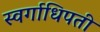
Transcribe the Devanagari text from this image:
स्वर्गाधिपती